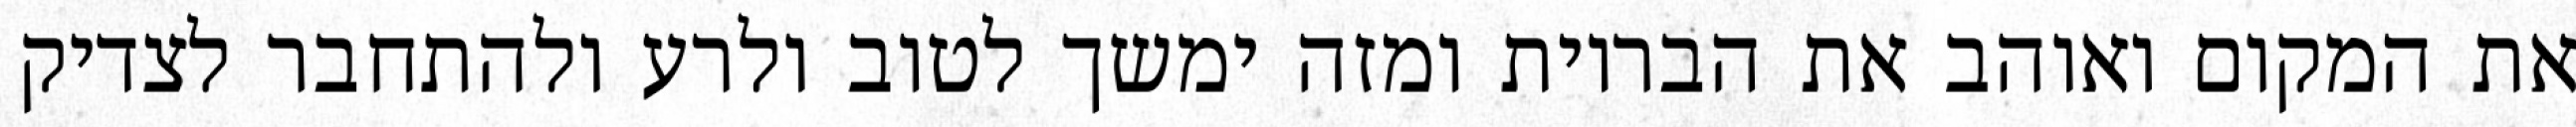
את המקום ואוהב את הבריות ומזה ימשך לטוב ולרע ולהתחבר לצדיק